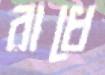
রাধে